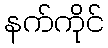
နက်ကိုင်